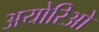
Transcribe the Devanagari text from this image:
अयोरिओ